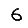
Digit: 6